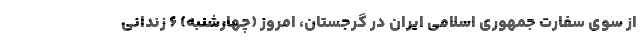
از سوی سفارت جمهوری اسلامی ایران در گرجستان، امروز (چهارشنبه) ۶ زندانی